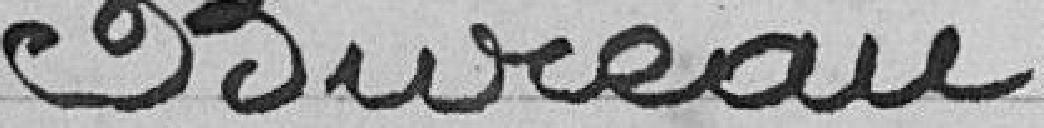
Bureau